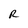
Character: R